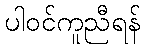
ပါဝင်ကူညီရန်